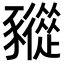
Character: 𧲓